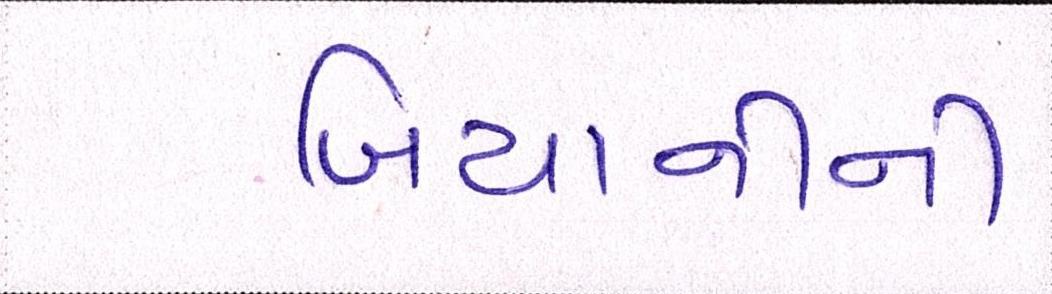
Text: બિયાનીની